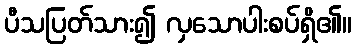
ပီသပြတ်သား၍ လှသောပါးစပ်ရှိ၏။